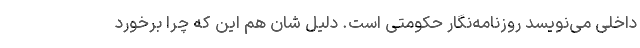
داخلی می‌نویسد روزنامه‌نگار حکومتی است. دلیل شان هم این که چرا برخورد